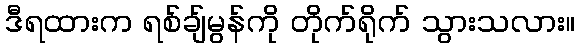
ဒီရထားက ရစ်ချ်မွန်ကို တိုက်ရိုက် သွားသလား။